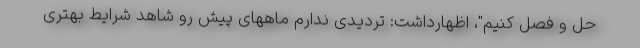
حل و فصل کنیم"، اظهارداشت: تردیدی ندارم ماههای پیش رو شاهد شرایط بهتری